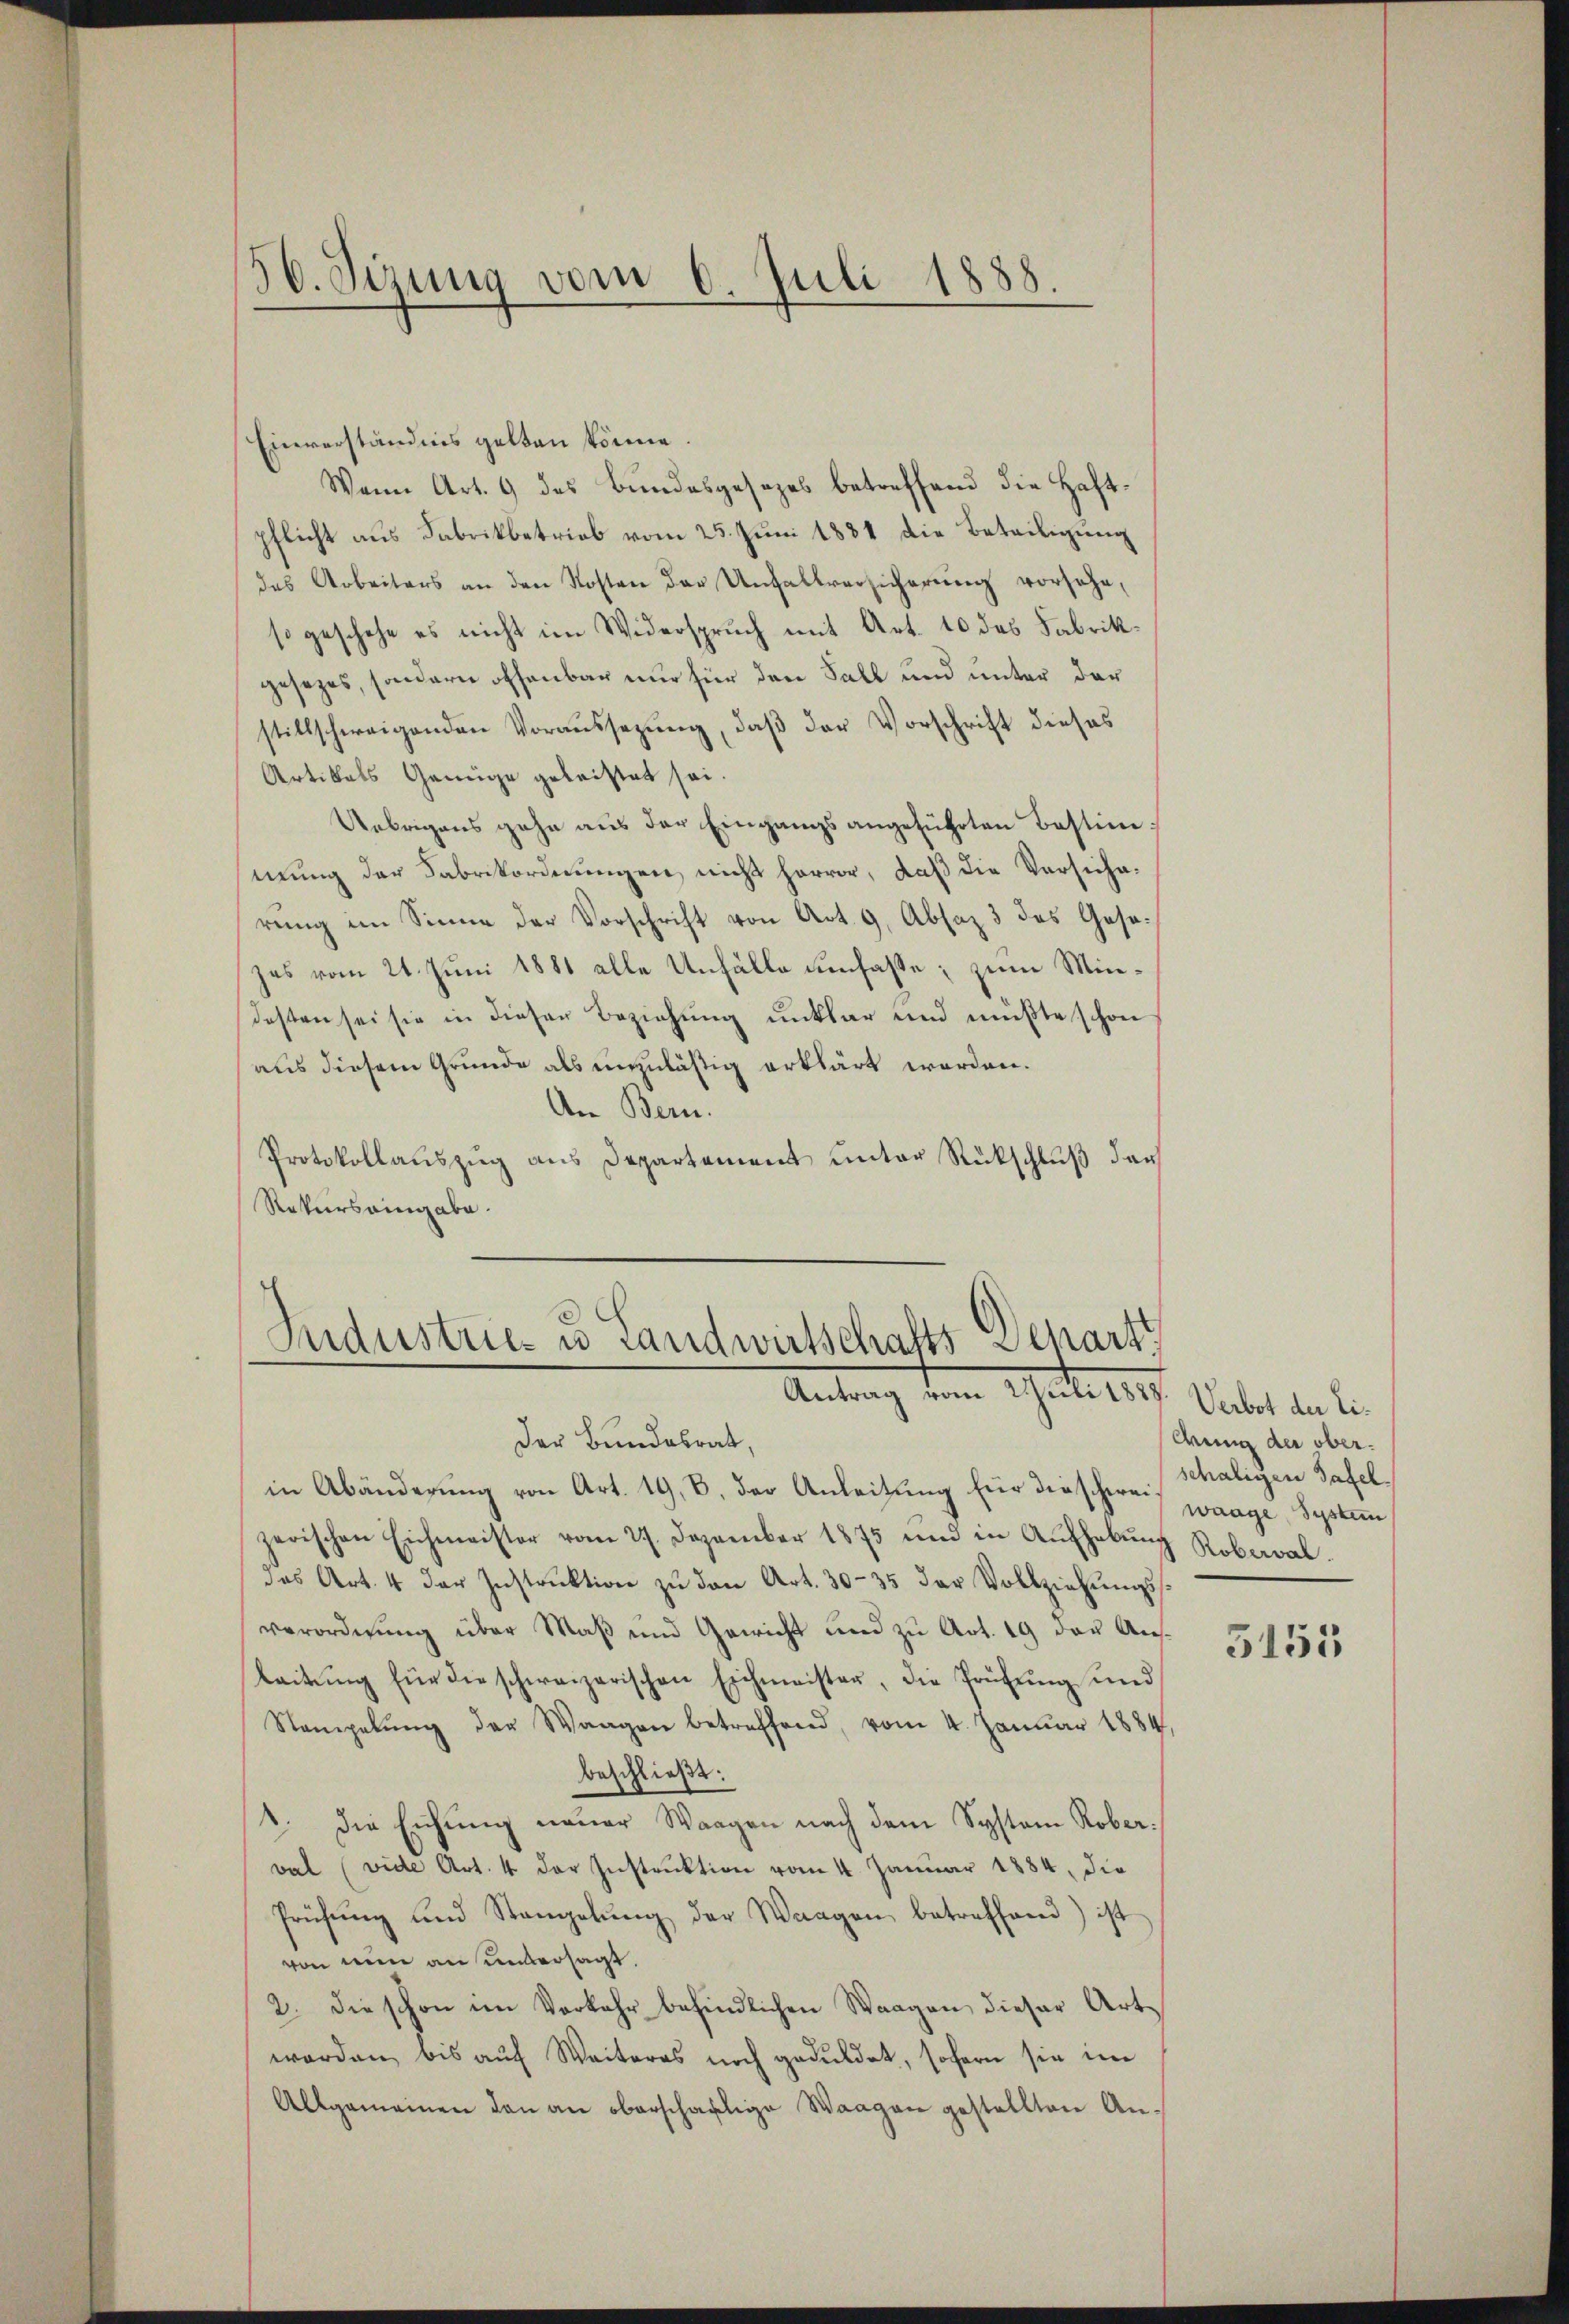
56. Sizung vom 6. Juli 1888.

Einverständnis gelten könne.
Wann Art. 9 des Bundesgesezes betreffend die Haft-
pflicht aus Fabrikbetrieb vom 25. Juni 1881 die Beteiligung
des Arbeiters an den Kosten der Unhaltversicherŭng vorsehe,
so geschehe es nicht im Widerspruch mit Art. 10 des Fabrikgesezes, sondern offenbar nur für den Fall und unter der
stillschweigenden Voraussezung, daß der Vorschrift dieses
Artikals Genüge geleistet sei.
Uebrigens gehe aus der Eingangs angeführten Bestimmung der Fabrikordnungen nicht hervor, daß die Versicharung im Sinne der Vorschrift von Art. 9, Absaz 3 des Gesezes vom 21. Juni 1881 alle Unfälle umfasse; zum Mindesten sei sie in dieser Beziehung unklar und müßte schon
aus diesem Grunde als unzuläßig erklärt worden.
An Bern.
Protokollauszug aus Departement unter Rückschluß darf
Rekursaingabe.

Industries u Landwirtschafts Schart
Antrag dem Scheitete

der Bundesrat,
in Abänderung von Art. 19, B. der Anleitung für diescherei waage, System
zerischen Eichmeister vom 27. Dezember 1875 und in Aŭfhebŭng Roberal-
das Art. 4 der Instrŭktion zŭ den Art. 30-35 der Vollziehŭngssverordnung über Maß und Gewicht und zu Art. 19 der Auslaitŭng für die schweizerischen Eichmeister, die Prüfŭng und
Stampelŭng der Waagen betreffend, vom 4. Januar 1884,
beschließt:
1. Die Eichŭng neuer Waagen nach dem System Rober
val (vide Art. 4 der Instruktion vom 4. Januar 1884, die
Prüfŭng und Stangelŭng der Waagen betreffend ist
von nun an untersagt.
2. die schon im Vorkehr befindlichen Waagen dieser Artworden bis auf Weiteres noch geduldet, sofern sie im
Allgemeinen den an oberschäftige Waagen gestellten An¬

Verbot der Ei¬
Chung der oberschaligen Tafel

5155